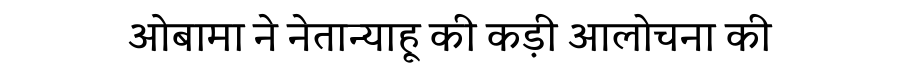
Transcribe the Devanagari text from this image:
ओबामा ने नेतान्याहू की कड़ी आलोचना की